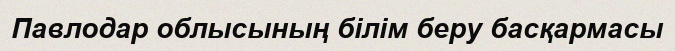
Павлодар облысының білім беру басқармасы